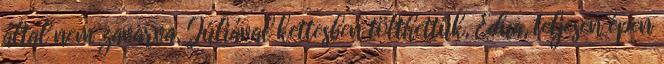
által nem zavarva, Júliával kettesben tölthettük, Edua, teljesen épen